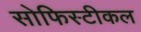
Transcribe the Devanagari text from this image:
सोफिस्टीकल